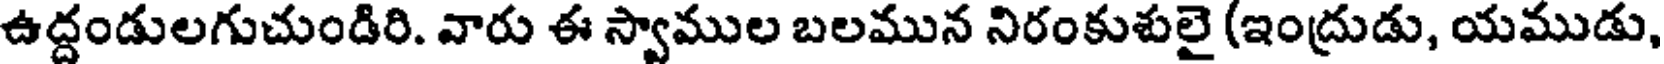
ఉద్దండులగుచుండిరి. వారు ఈ స్వాముల బలమున నిరంకుశులై (ఇంద్రుడు, యముడు,